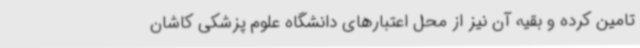
تامین کرده و بقیه آن نیز از محل اعتبارهای دانشگاه علوم پزشکی کاشان